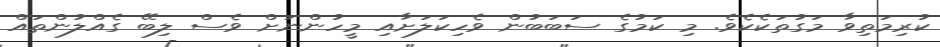
ކުރިމަތިވާ މަގުތަކެކެވެ. މި ކަމުގެ ސަބަބުން ވެހިކަލަށާއި މީހުންނަށް ވެސް ލިބޭ ގެއްލުންތައް